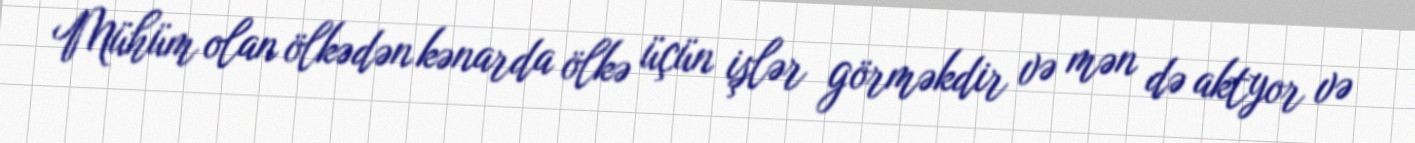
Mühüm olan ölkədən kənarda ölkə üçün işlər görməkdir və mən də aktyor və